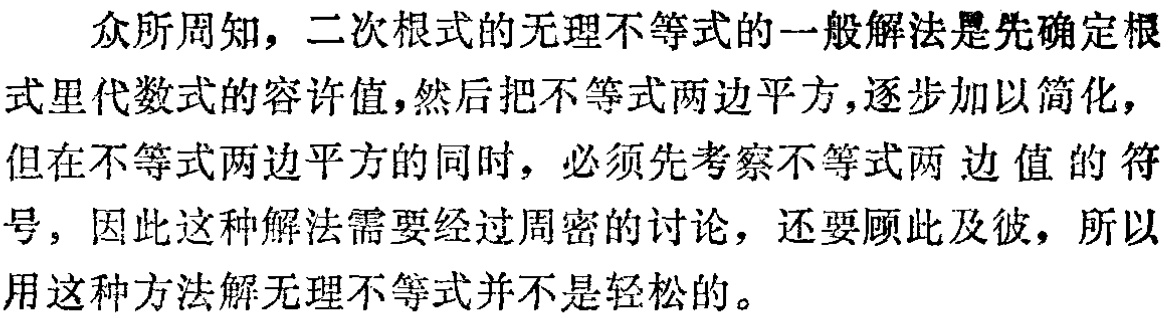
众所周知，二次根式的无理不等式的一般解法是先确定根式里代数式的容许值,然后把不等式两边平方,逐步加以简化，但在不等式两边平方的同时，必须先考察不等式两边值的符号，因此这种解法需要经过周密的讨论，还要顾此及彼，所以用这种方法解无理不等式并不是轻松的。